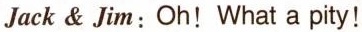
Jack& Jim: Oh!What a pity!